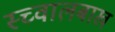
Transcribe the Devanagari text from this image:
स्च्वालबाख